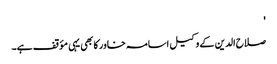
'
صلاح الدین کے وکیل اسامہ خاور کا بھی یہی مؤقف ہے۔